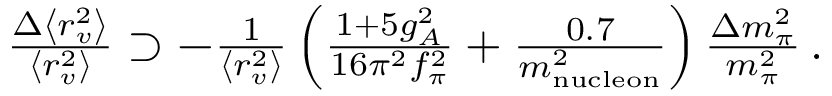
\begin{array} { r } { \frac { \Delta \left< r _ { v } ^ { 2 } \right> } { \left< r _ { v } ^ { 2 } \right> } \supset - \frac { 1 } { \left< r _ { v } ^ { 2 } \right> } \left( \frac { 1 + 5 g _ { A } ^ { 2 } } { 1 6 \pi ^ { 2 } f _ { \pi } ^ { 2 } } + \frac { 0 . 7 } { m _ { \mathrm { n u c l e o n } } ^ { 2 } } \right) \frac { \Delta m _ { \pi } ^ { 2 } } { m _ { \pi } ^ { 2 } } \, . } \end{array}